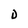
Character: D